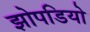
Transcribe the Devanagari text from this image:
झोपडियो